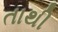
તાથી